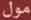
مول